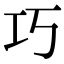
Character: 巧